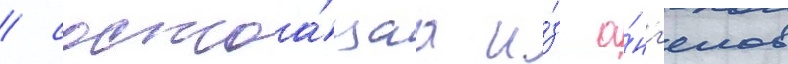
/ состоа́щаа и́з а́нг'елов